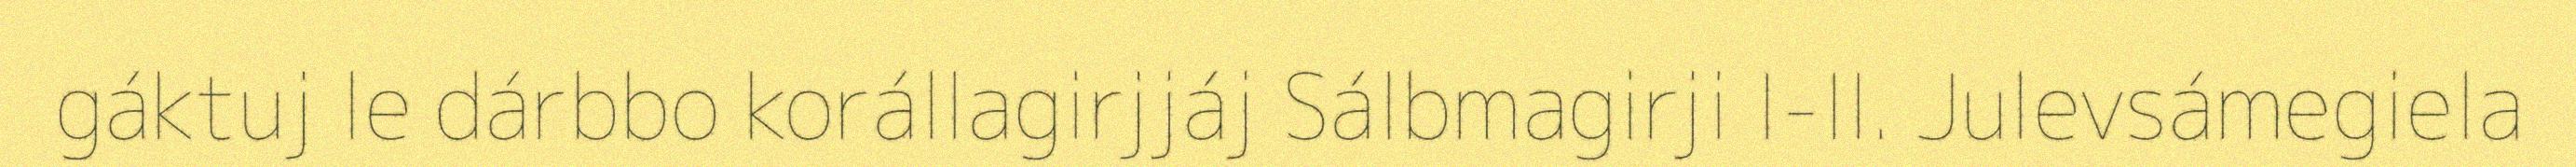
gáktuj le dárbbo korállagirjjáj Sálbmagirji I-II. Julevsámegiela